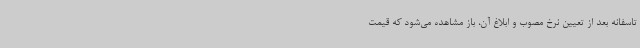
تاسفانه بعد از تعیین نرخ مصوب و ابلاغ آن، باز مشاهده می‌شود که قیمت